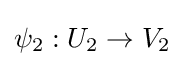
\psi _{2}:U_{2}\to V_{2}